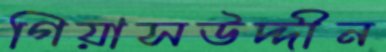
গিয়াসউদ্দীন